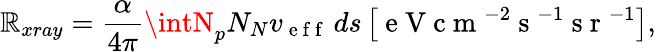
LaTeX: \mathbb{R}_{xray}=\frac{{\alpha}}{{4\pi}}\intN_{p}N_{N}v_{\mathrm{{~e~f~f~}}}\, ds\left[\mathrm{{~e~V~c~m~}}^{-2}\mathrm{{~s~}}^{-1}\mathrm{{~s~r~}}^{-1}\right],